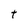
Character: t